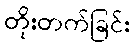
တိုးတက်ခြင်း